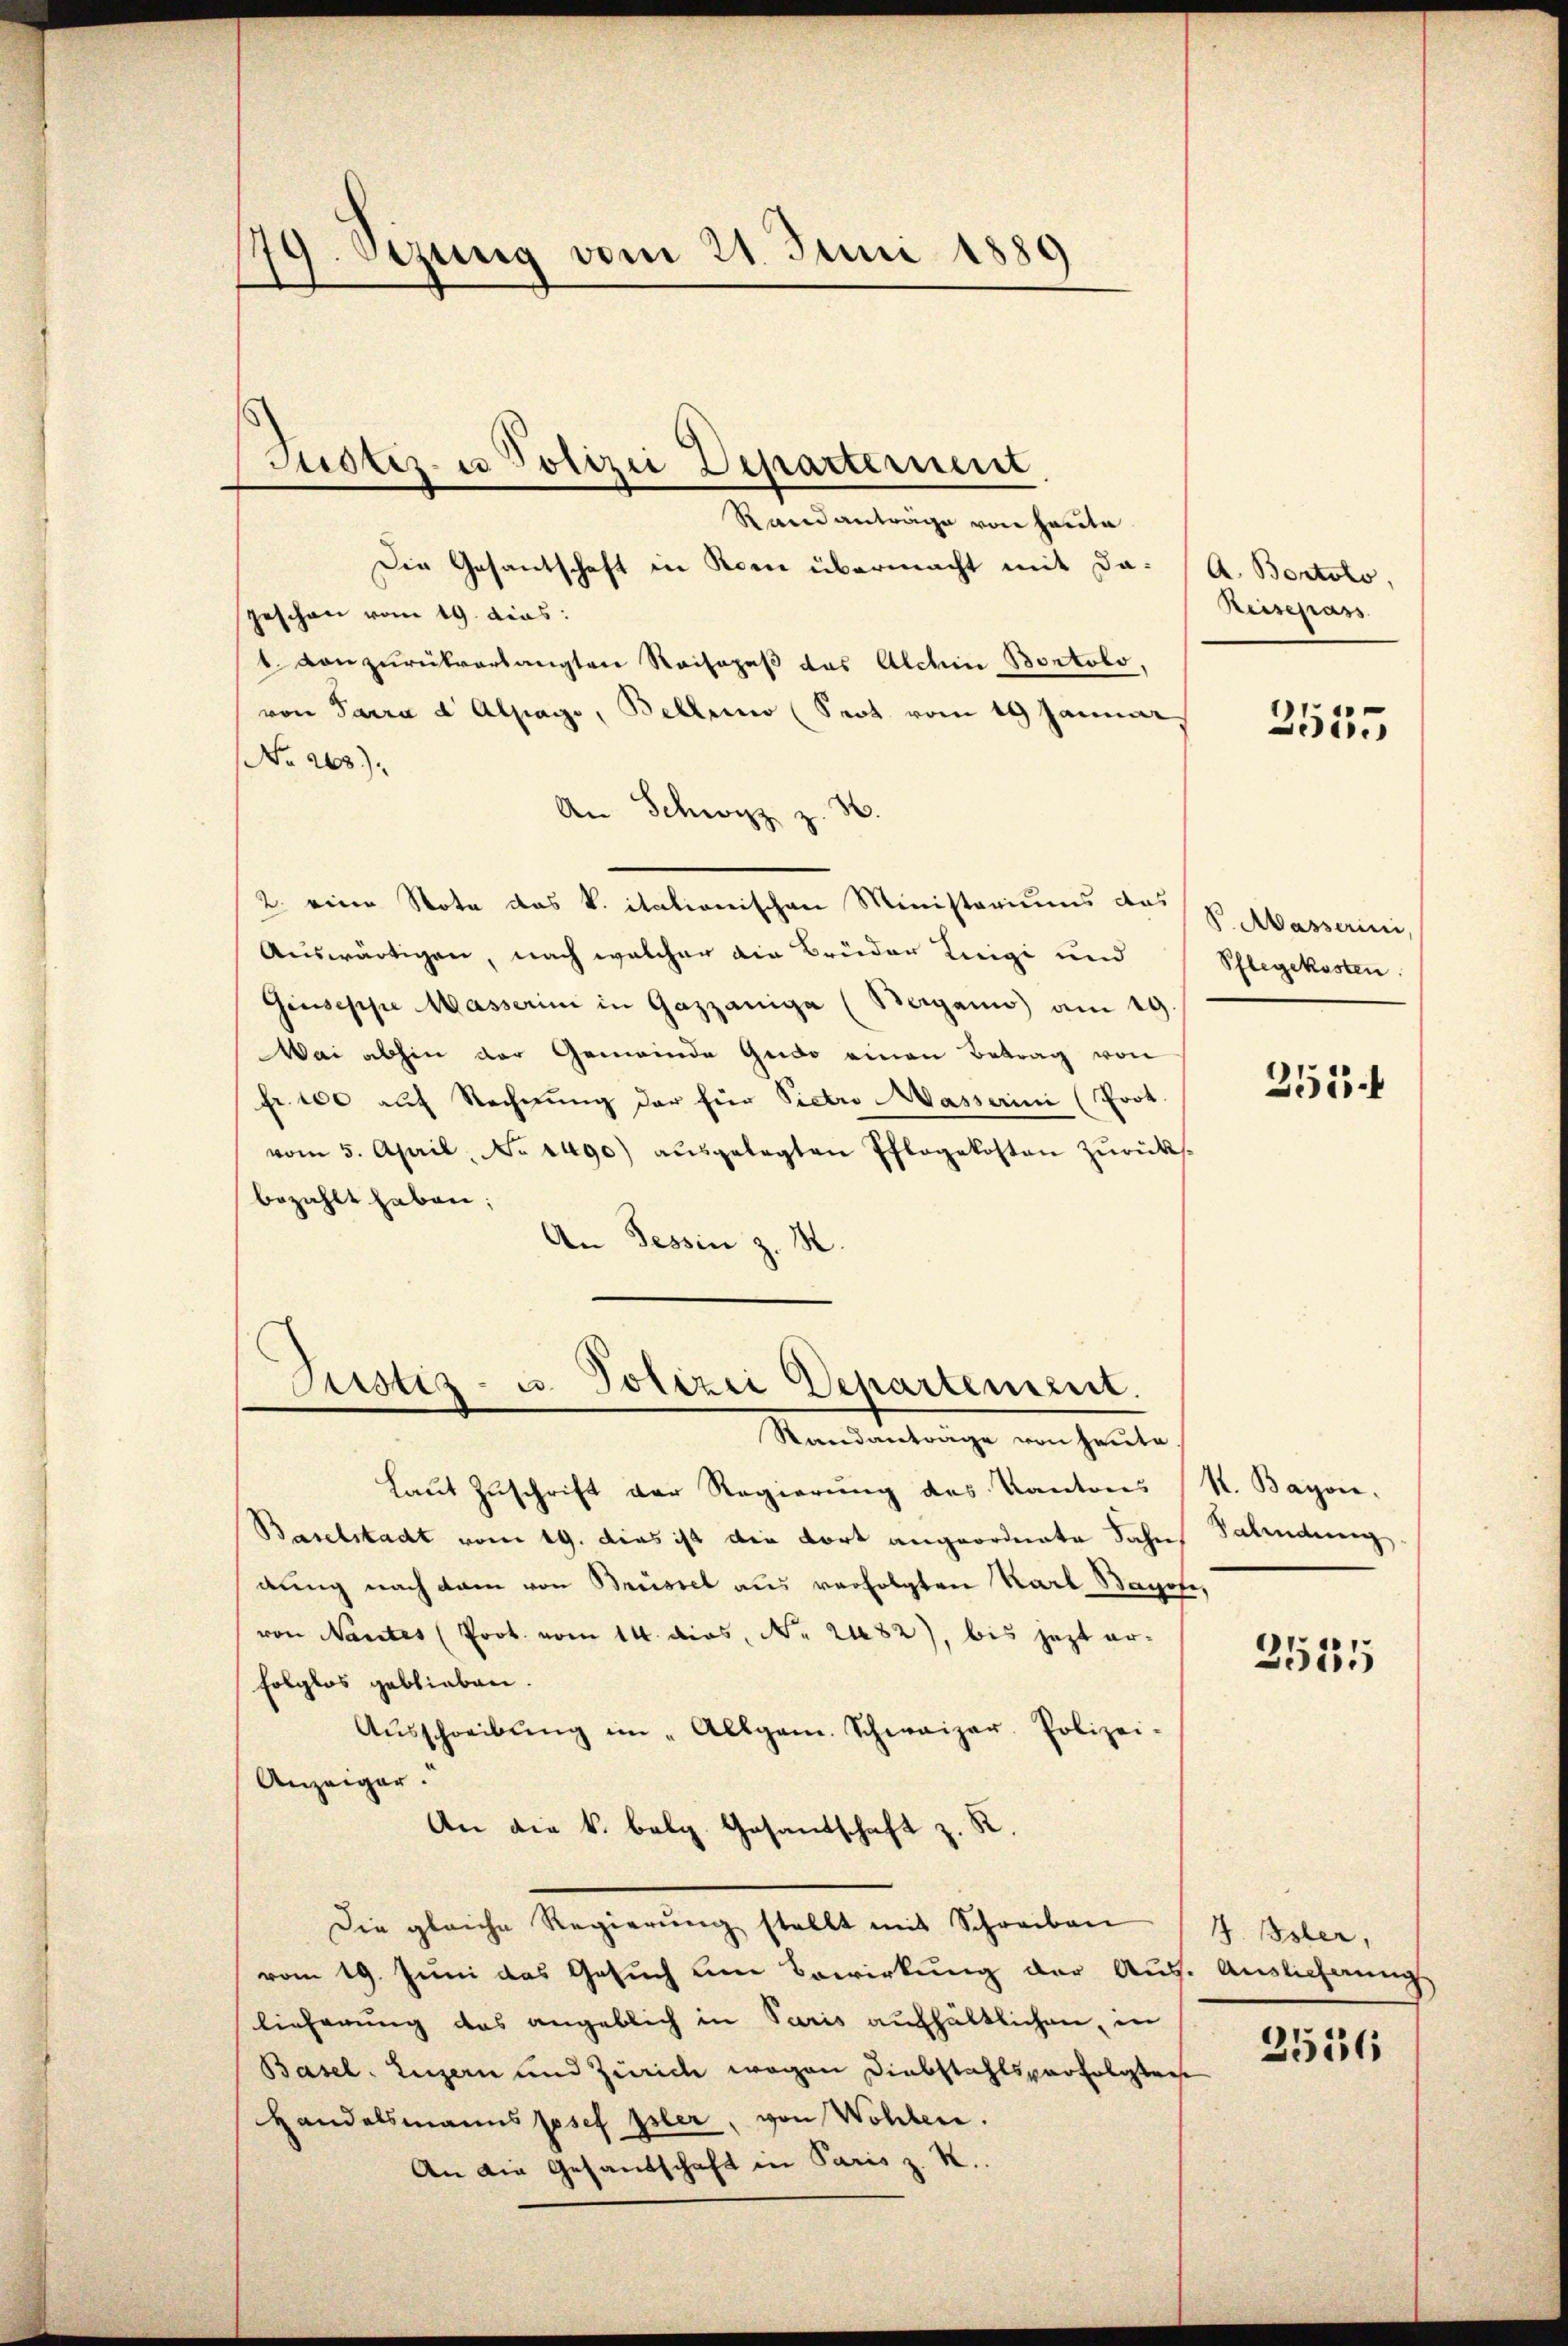
179. Sezung vom 21. Juni 1889

Justiz- u Polizei Departement

Rand anträge von Hauta
Die Gesantschaft in Rom übermacht mit dageschon vom 19. dies:
1 von zurückverlangten Reisepaß das Alchen Bostolo,
von Parra d Alpage, Bellenio (Sept vom 19 Januar,
No 263).
An Schwyz z. B
2. eine Nota das k. italionischen Ministeriums das
Auswärtigen, nach welcher die Brüder Leigi und
Giuseppe Masserini in Gazzaniga (Berganis) am 19
Mai abhin der Gemeinde Gudo einen Betrag von
Fr. 100 auf Rechnung der für Pietro Masserini (Prot.
vom 5. April, No 1490) aŭsgelegten Pflegekosten zŭrücks-
bezahlt haben;
An Tessin z. R.

Justiz- u. Polizei Departement.
Standanträge von heute

A. Bontolo,
Reisepäss

Laut Zuschrift der Regierung des Kantons (R. Bayon-
Baselstadt vom 19. dies ist die dort angeordnete Sohn Salindung
dung nach dam von Brüssel aus verfolgten Karl Bachofe,
von Nantes (Prot. vom 14. dies, No. 2482), bis jezt erfolglos geblieben.
Aŭsschreibŭng im „Allgem. Schweizer. Polizei-
Anzeiger.
An die k. belg. Gesandschaft z. K
Die gleiche Regierŭng stellt mit Schreiben
vom 19. Juni das Gesuch um Bewirkung der Aus- Auslichnung
lieferung das angeblich in Paris aufhältlichen, in
Basel. Luzern und Zürich wegen Diebstahlsperfolgtref
Handelsmanns Josef Isler, von Wohlen.
An die Gesandschaft in Paris z. K.

2555

V Masserini,
Pflegekosten.

255 f

2535

J. Isler,

2516